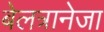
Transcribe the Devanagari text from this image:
बेलत्रानेजा